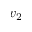
v _ { 2 }